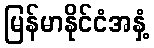
မြန်မာနိုင်ငံအနှံ့